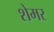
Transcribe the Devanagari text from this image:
शेमर